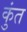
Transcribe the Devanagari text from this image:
कुंत